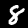
Label: 8